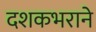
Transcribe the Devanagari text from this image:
दशकभराने